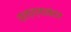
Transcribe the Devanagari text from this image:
सल्ल्यानंतर